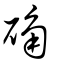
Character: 确